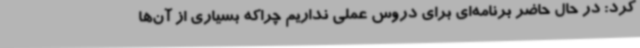
کرد: در حال حاضر برنامه‌ای برای دروس عملی نداریم چراکه بسیاری از آن‌ها